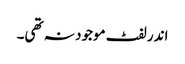
اندر لفٹ موجود نہ تھی۔